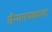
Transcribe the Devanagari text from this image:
सैन्यपथकाला